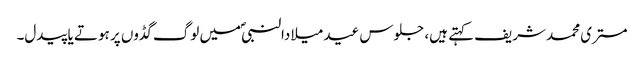
مستری محمد شریف کہتے ہیں، جلوس عید میلادالنبیؐ میں لوگ گڈوں پر ہوتے یا پیدل۔